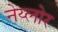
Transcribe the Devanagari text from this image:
नेय्लोर